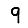
Digit: 9